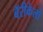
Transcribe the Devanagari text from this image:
बॅरीकेलो